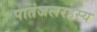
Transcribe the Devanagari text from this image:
पातंजलरहस्य